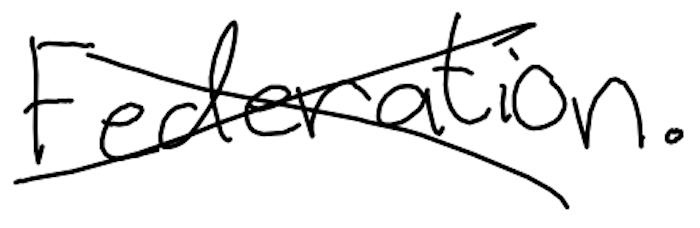
Text: Federation.
Cross-out: cross
Writing tool: digital_black